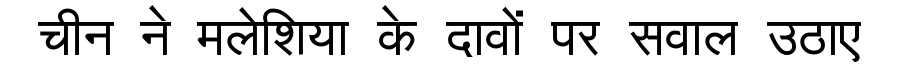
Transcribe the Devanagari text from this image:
चीन ने मलेशिया के दावों पर सवाल उठाए